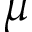
\mu